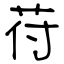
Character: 苻